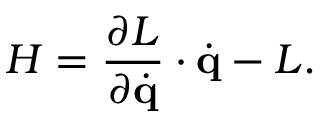
H = { \frac { \partial L } { \partial { \dot { \mathbf { q } } } } } \cdot { \dot { \mathbf { q } } } - L .